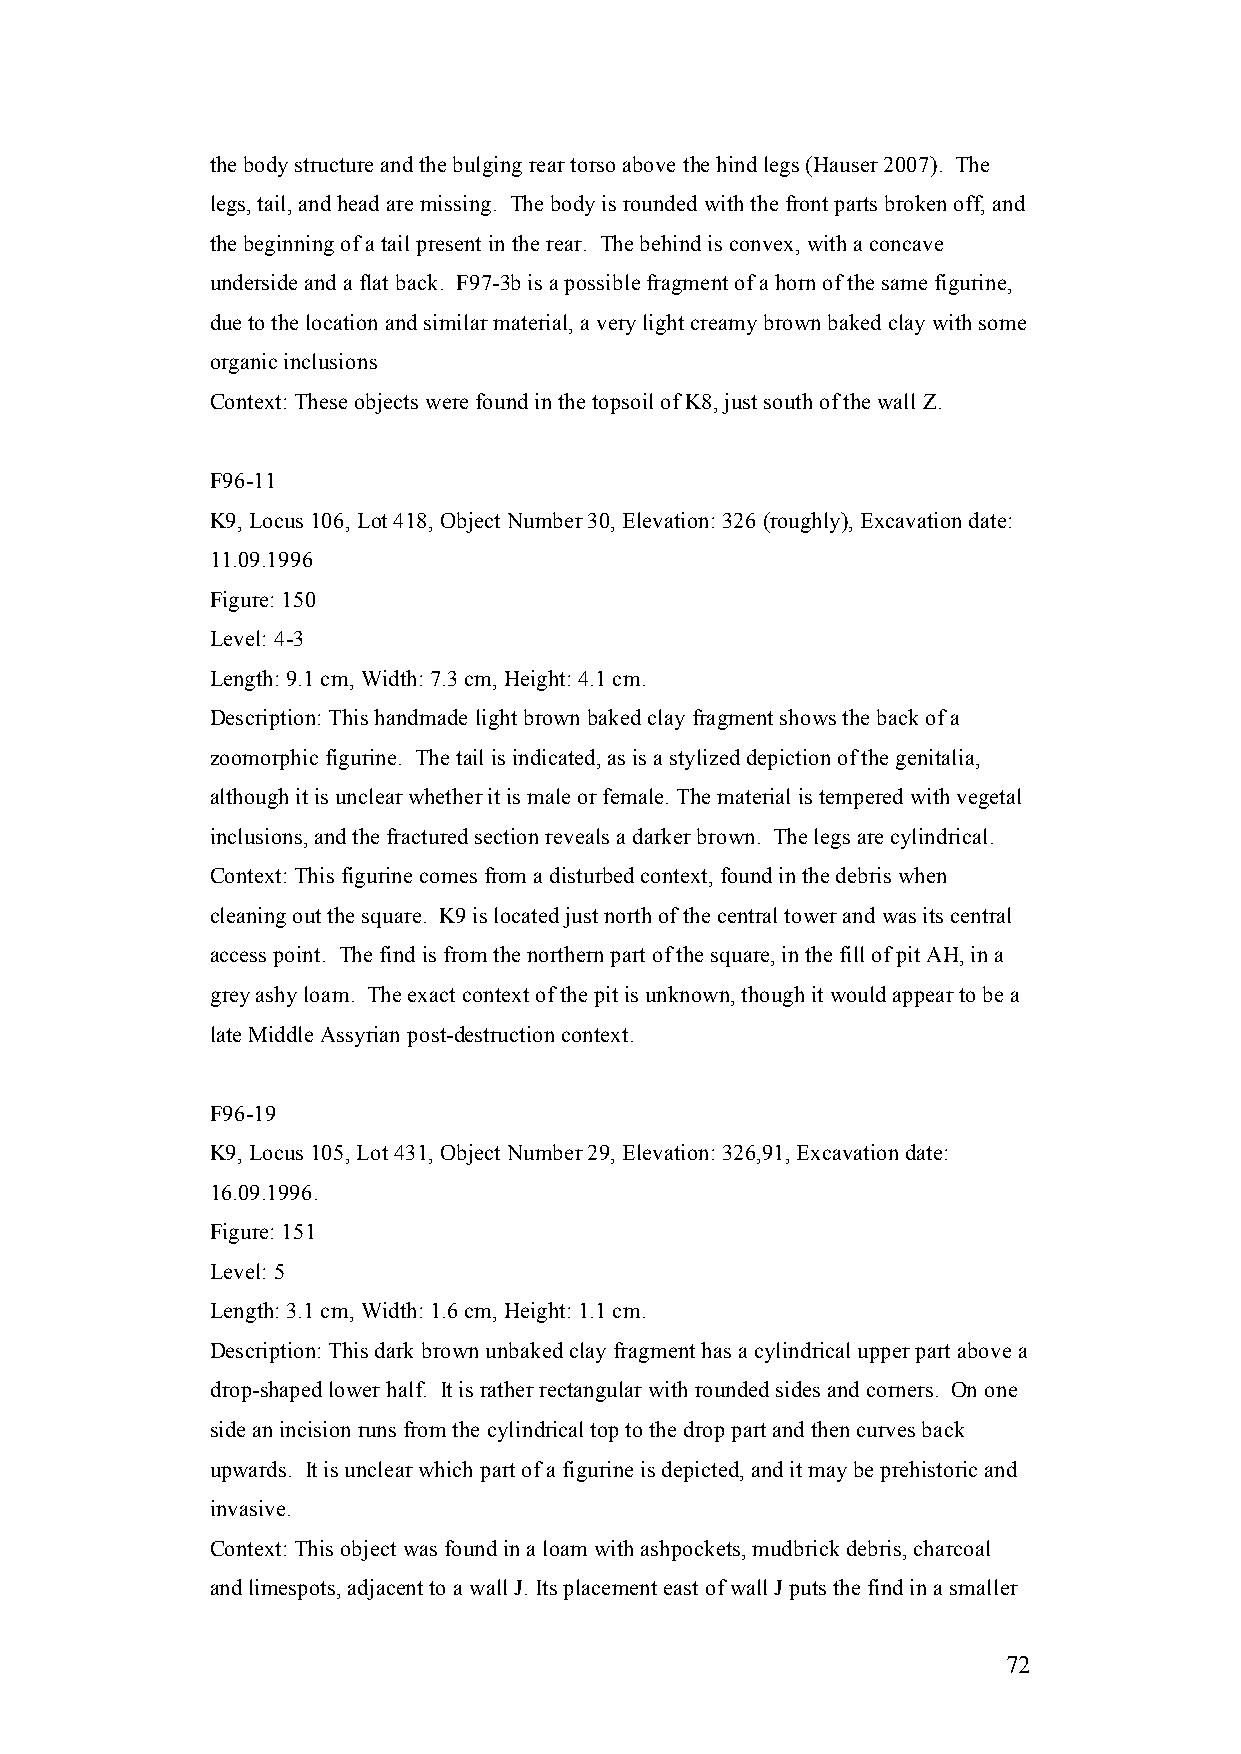
the body structure and the bulging rear torso above the hind legs (Hauser 2007). The
 legs, tail, and head are missing. The body is rounded with the front parts broken off, and
 the beginning of a tail present in the rear. The behind is convex, with a concave
 underside and a flat back. F97-3b is a possible fragment of a horn of the same figurine,
 due to the location and similar material, a very light creamy brown baked clay with some
 organic inclusions
 Context: These objects were found in the topsoil of K8, just south of the wall Z.
 F96-11
 K9, Locus 106, Lot 418, Object Number 30, Elevation: 326 (roughly), Excavation date:
 11.09.1996
 Figure: 150
 Level: 4-3
 Length: 9.1 cm, Width: 7.3 cm, Height: 4.1 cm.
 Description: This handmade light brown baked clay fragment shows the back of a
 zoomorphic figurine. The tail is indicated, as is a stylized depiction of the genitalia,
 although it is unclear whether it is male or female. The material is tempered with vegetal
 inclusions, and the fractured section reveals a darker brown. The legs are cylindrical.
 Context: This figurine comes from a disturbed context, found in the debris when
 cleaning out the square. K9 is located just north of the central tower and was its central
 access point. The find is from the northern part of the square, in the fill of pit AH, in a
 grey ashy loam. The exact context of the pit is unknown, though it would appear to be a
 late Middle Assyrian post-destruction context.
 F96-19
 K9, Locus 105, Lot 431, Object Number 29, Elevation: 326,91, Excavation date:
 16.09.1996.
 Figure: 151
 Level: 5
 Length: 3.1 cm, Width: 1.6 cm, Height: 1.1 cm.
 Description: This dark brown unbaked clay fragment has a cylindrical upper part above a
 drop-shaped lower half. It is rather rectangular with rounded sides and corners. On one
 side an incision runs from the cylindrical top to the drop part and then curves back
 upwards. It is unclear which part of a figurine is depicted, and it may be prehistoric and
 invasive.
 Context: This object was found in a loam with ashpockets, mudbrick debris, charcoal
 and limespots, adjacent to a wall J. Its placement east of wall J puts the find in a smaller
 72